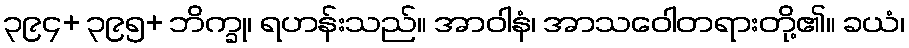
၃၉၄+ ၃၉၅+ ဘိက္ခု၊ ရဟန်းသည်။ အာဝါနံ၊ အာသဝေါတရားတို့၏။ ခယံ၊